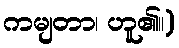
ကမျတာ၊ ဟူ၏။)